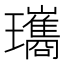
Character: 瓗